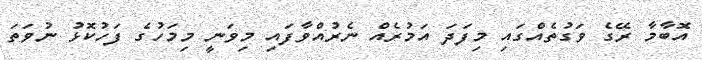
އޮބާމާ ރޭގެ ވަގުތެއްގައި މިފަދަ އަމުރެއް ނެރުއްވާފައި މިވަނީ މިމަހުގެ ފަހުކޮޅު ނުވަތަ